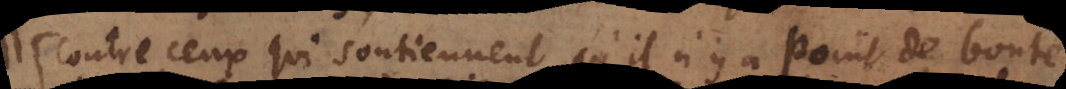
Contre ceux qui soutiennent qu’il n’y a point de bonté